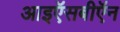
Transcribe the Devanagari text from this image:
आइऍसबीऍन